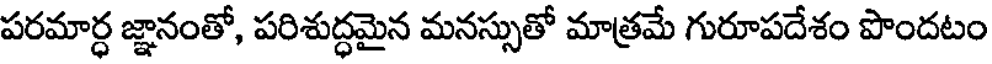
పరమార్ధ జ్ఞానంతో, పరిశుద్ధమైన మనస్సుతో మాత్రమే గురూపదేశం పొందటం